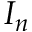
I _ { n }